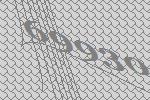
69930